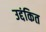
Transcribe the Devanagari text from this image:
उद्दंकित